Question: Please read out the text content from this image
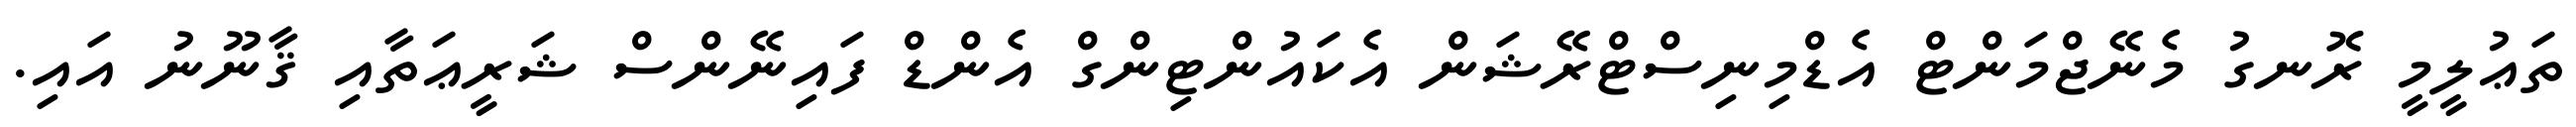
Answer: ތަޢުލީމީ ރޮނގު މެނޭޖްމަންޓް އެޑްމިނިސްޓްރޭޝަން އެކައުންޓިންގް އެންޑް ފައިނޭންސް ޝަރީޢަތާއި ޤާނޫނު އައި.